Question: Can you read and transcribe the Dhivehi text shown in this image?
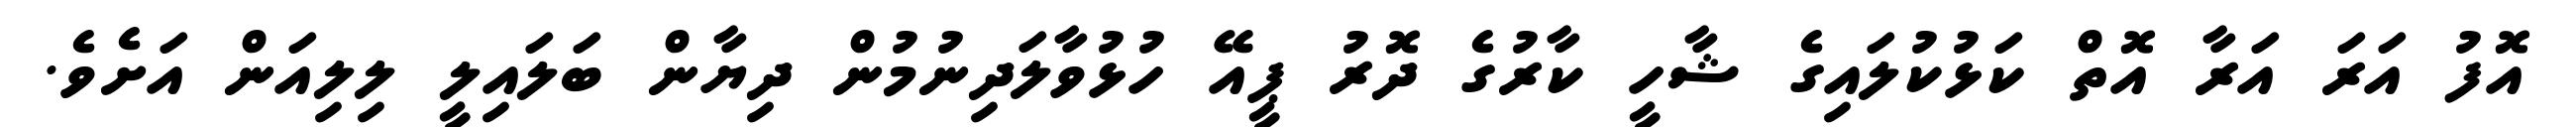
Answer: އޮފު އަރަ އަރާ އޮތް ކަޅުކުލައިގެ ޝާހީ ކާރުގެ ދޮރު ޕީއޭ ހުޅުވާލަދިނުމުން ދިޔާން ބަލައިލީ ލިލިއަން އަށެވެ.